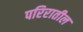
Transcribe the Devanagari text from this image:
परिरातील